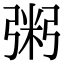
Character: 粥